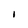
Character: I